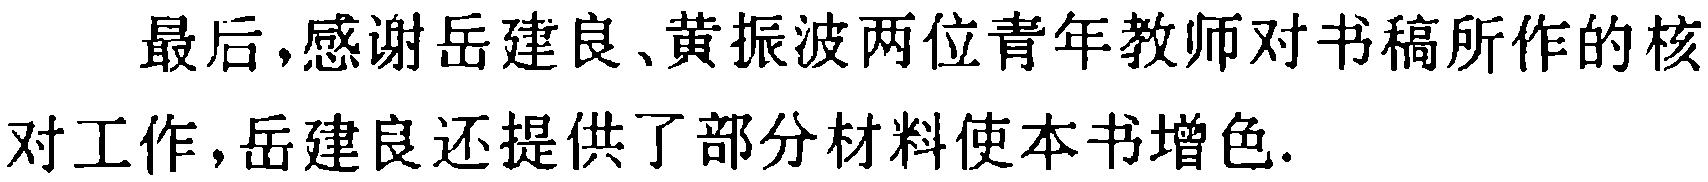
最后，感谢岳建良、黄振波两位青年教师对书稿所作的核对工作，岳建良还提供了部分材料使本书增色.